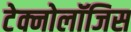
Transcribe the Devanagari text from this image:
टेक्नोलॉजिस